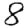
Digit: 8